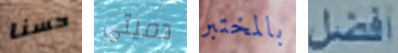
حسنا دميتي بالمختبر أفضل